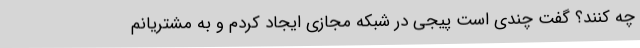
چه کنند؟ گفت چندی است پیجی در شبکه مجازی ایجاد کردم و به مشتریانم